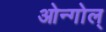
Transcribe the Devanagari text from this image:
ओन्गोल्